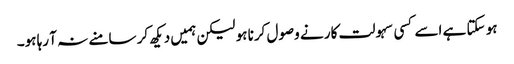
ہو سکتا ہے اسے کسی سہولت کار نے وصول کرنا ہو لیکن ہمیں دیکھ کر سامنے نہ آ رہا ہو۔